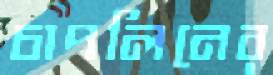
চাপলিনের